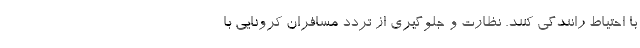
با احتیاط رانندگی کنند. نظارت و جلوگیری از تردد مسافران کرونایی با